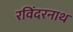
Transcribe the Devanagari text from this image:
रविंदरनाथ